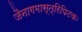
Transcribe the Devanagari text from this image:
जैनागमास्त्रिपिटकः